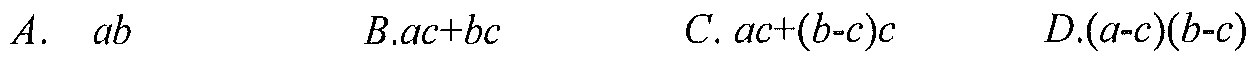
\(A.\ \ ab\ \ \ \ \ \ \ \ \ \ \ \ B.ac + bc\ \ \ \ \ \ \ \ \ \ \ C.ac+(b - c)c\ \ \ \ \ \ \ \ \ \ \ D.(a - c)(b - c)\)